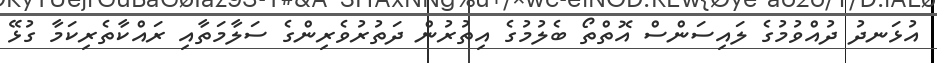
އުޅަނދު ދުއްވުމުގެ ލައިސަންސް އޮތްތޯ ބެލުމުގެ އިތުރުން ދަތުރުވެރިންގެ ސަލާމަތާއި ރައްކާތެރިކަމާ ގުޅޭ